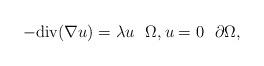
LaTeX: \begin{align*}- \textrm{div}(\nabla u)=\lambda u\,\, \,\, \Omega, u=0 \,\, \,\, \partial \Omega,\end{align*}